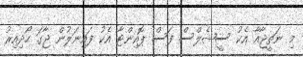
މި ނަތީޖާއާ އެކު ސީޝެލްސް ފަސް ޕޮއިންޓާ އެކު ފައިނަލުން ޖާގަ ހޯދިއިރު